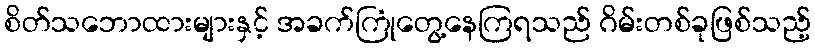
စိတ်သဘောထားများနှင့် အခက်ကြုံတွေ့နေကြရသည် ဂိမ်းတစ်ခုဖြစ်သည့်